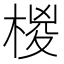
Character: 椶